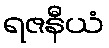
ရဇနီယံ